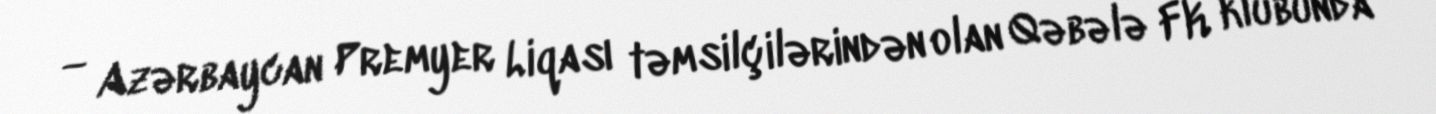
— Azərbaycan Premyer Liqası təmsilçilərindən olan Qəbələ FK klubunda